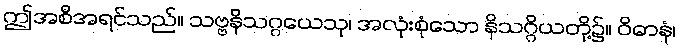
ဤအစီအရင်သည်။ သဗ္ဗနိသဂ္ဂယေသု၊ အလုံးစုံသော နိသဂ္ဂိယတို့၌။ ဝိဓာနံ၊